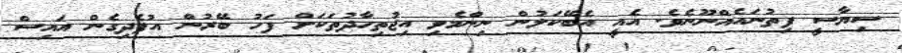
ސިޔާސީ ފިތުނައެއްނޫނެވެ. އެއީ އެބޭކަލުން ނިންމެވި އިޖުތިހާދުތަކަށް ފަހު ބޭރުން އުފެދިގެން އައިސް